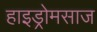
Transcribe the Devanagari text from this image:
हाइड्रोमसाज